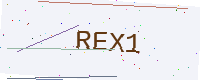
Text: REX1